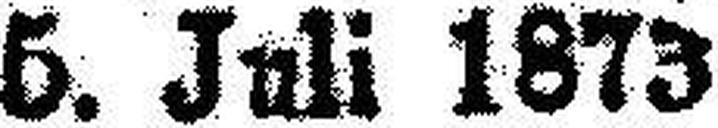
5. Juli 1873